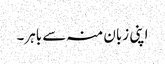
اپنی زبان منہ سے باہر۔